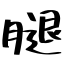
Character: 腿